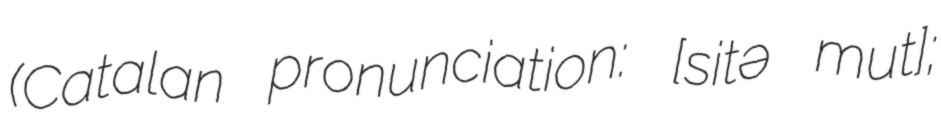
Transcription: (Catalan pronunciation: [ˈsitə ˈmuɾt];